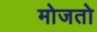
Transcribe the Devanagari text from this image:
मोजतो